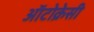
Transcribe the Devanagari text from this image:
ऑटोक्रेसी